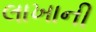
લાખાની